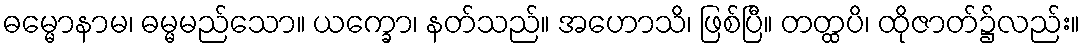
ဓမ္မောနာမ၊ ဓမ္မမည်သော။ ယက္ခော၊ နတ်သည်။ အဟောသိ၊ ဖြစ်ပြီ။ တတ္ထပိ၊ ထိုဇာတ်၌လည်း။